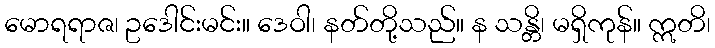
မောရရာဇ၊ ဥဒေါင်းမင်း။ ဒေဝါ၊ နတ်တို့သည်။ န သန္တိ၊ မရှိကုန်။ ဣတိ၊